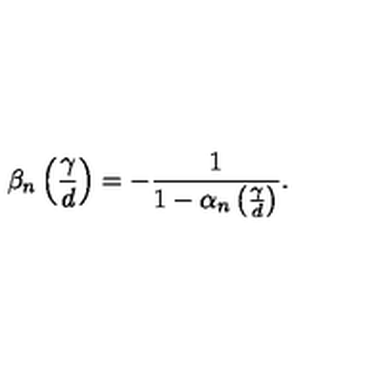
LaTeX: \beta _ { n } \left( \frac { \gamma } { d } \right) = - \frac { 1 } { 1 - \alpha _ { n } \left( \frac { \gamma } { d } \right) } .